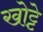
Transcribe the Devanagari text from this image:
खोट्टे